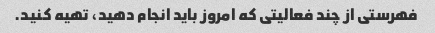
فهرستی از چند فعالیتی که امروز باید انجام دهید، تهیه کنید.